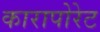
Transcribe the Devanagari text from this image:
कारापोरेट